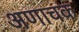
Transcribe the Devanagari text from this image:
अणाचक